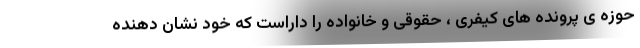
حوزه ی پرونده های کیفری ، حقوقی و خانواده را داراست که خود نشان دهنده